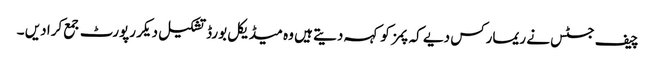
چیف جسٹس نے ریمارکس دیے کہ پمز کو کہہ دیتے ہیں وہ میڈیکل بورڈ تشکیل دیکر رپورٹ جمع کرا دیں ۔